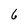
Character: 6